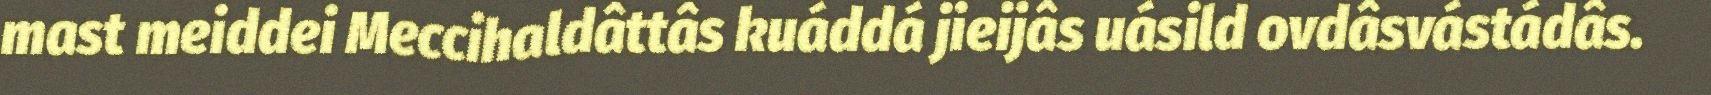
mast meiddei Meccihaldâttâs kuáddá jieijâs uásild ovdâsvástádâs.